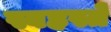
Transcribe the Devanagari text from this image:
स्वहस्तें